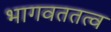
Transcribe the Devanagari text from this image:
भागवततत्व